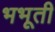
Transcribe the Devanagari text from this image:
भभूती